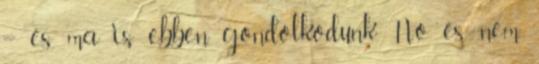
– és ma is ebben gondolkodunk. No és nem